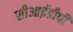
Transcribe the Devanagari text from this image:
सीआईडीपी